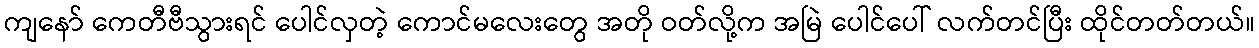
ကျနော် ကေတီဗီသွားရင် ပေါင်လှတဲ့ ကောင်မလေးတွေ အတို ဝတ်လို့က အမြဲ ပေါင်ပေါ် လက်တင်ပြီး ထိုင်တတ်တယ်။